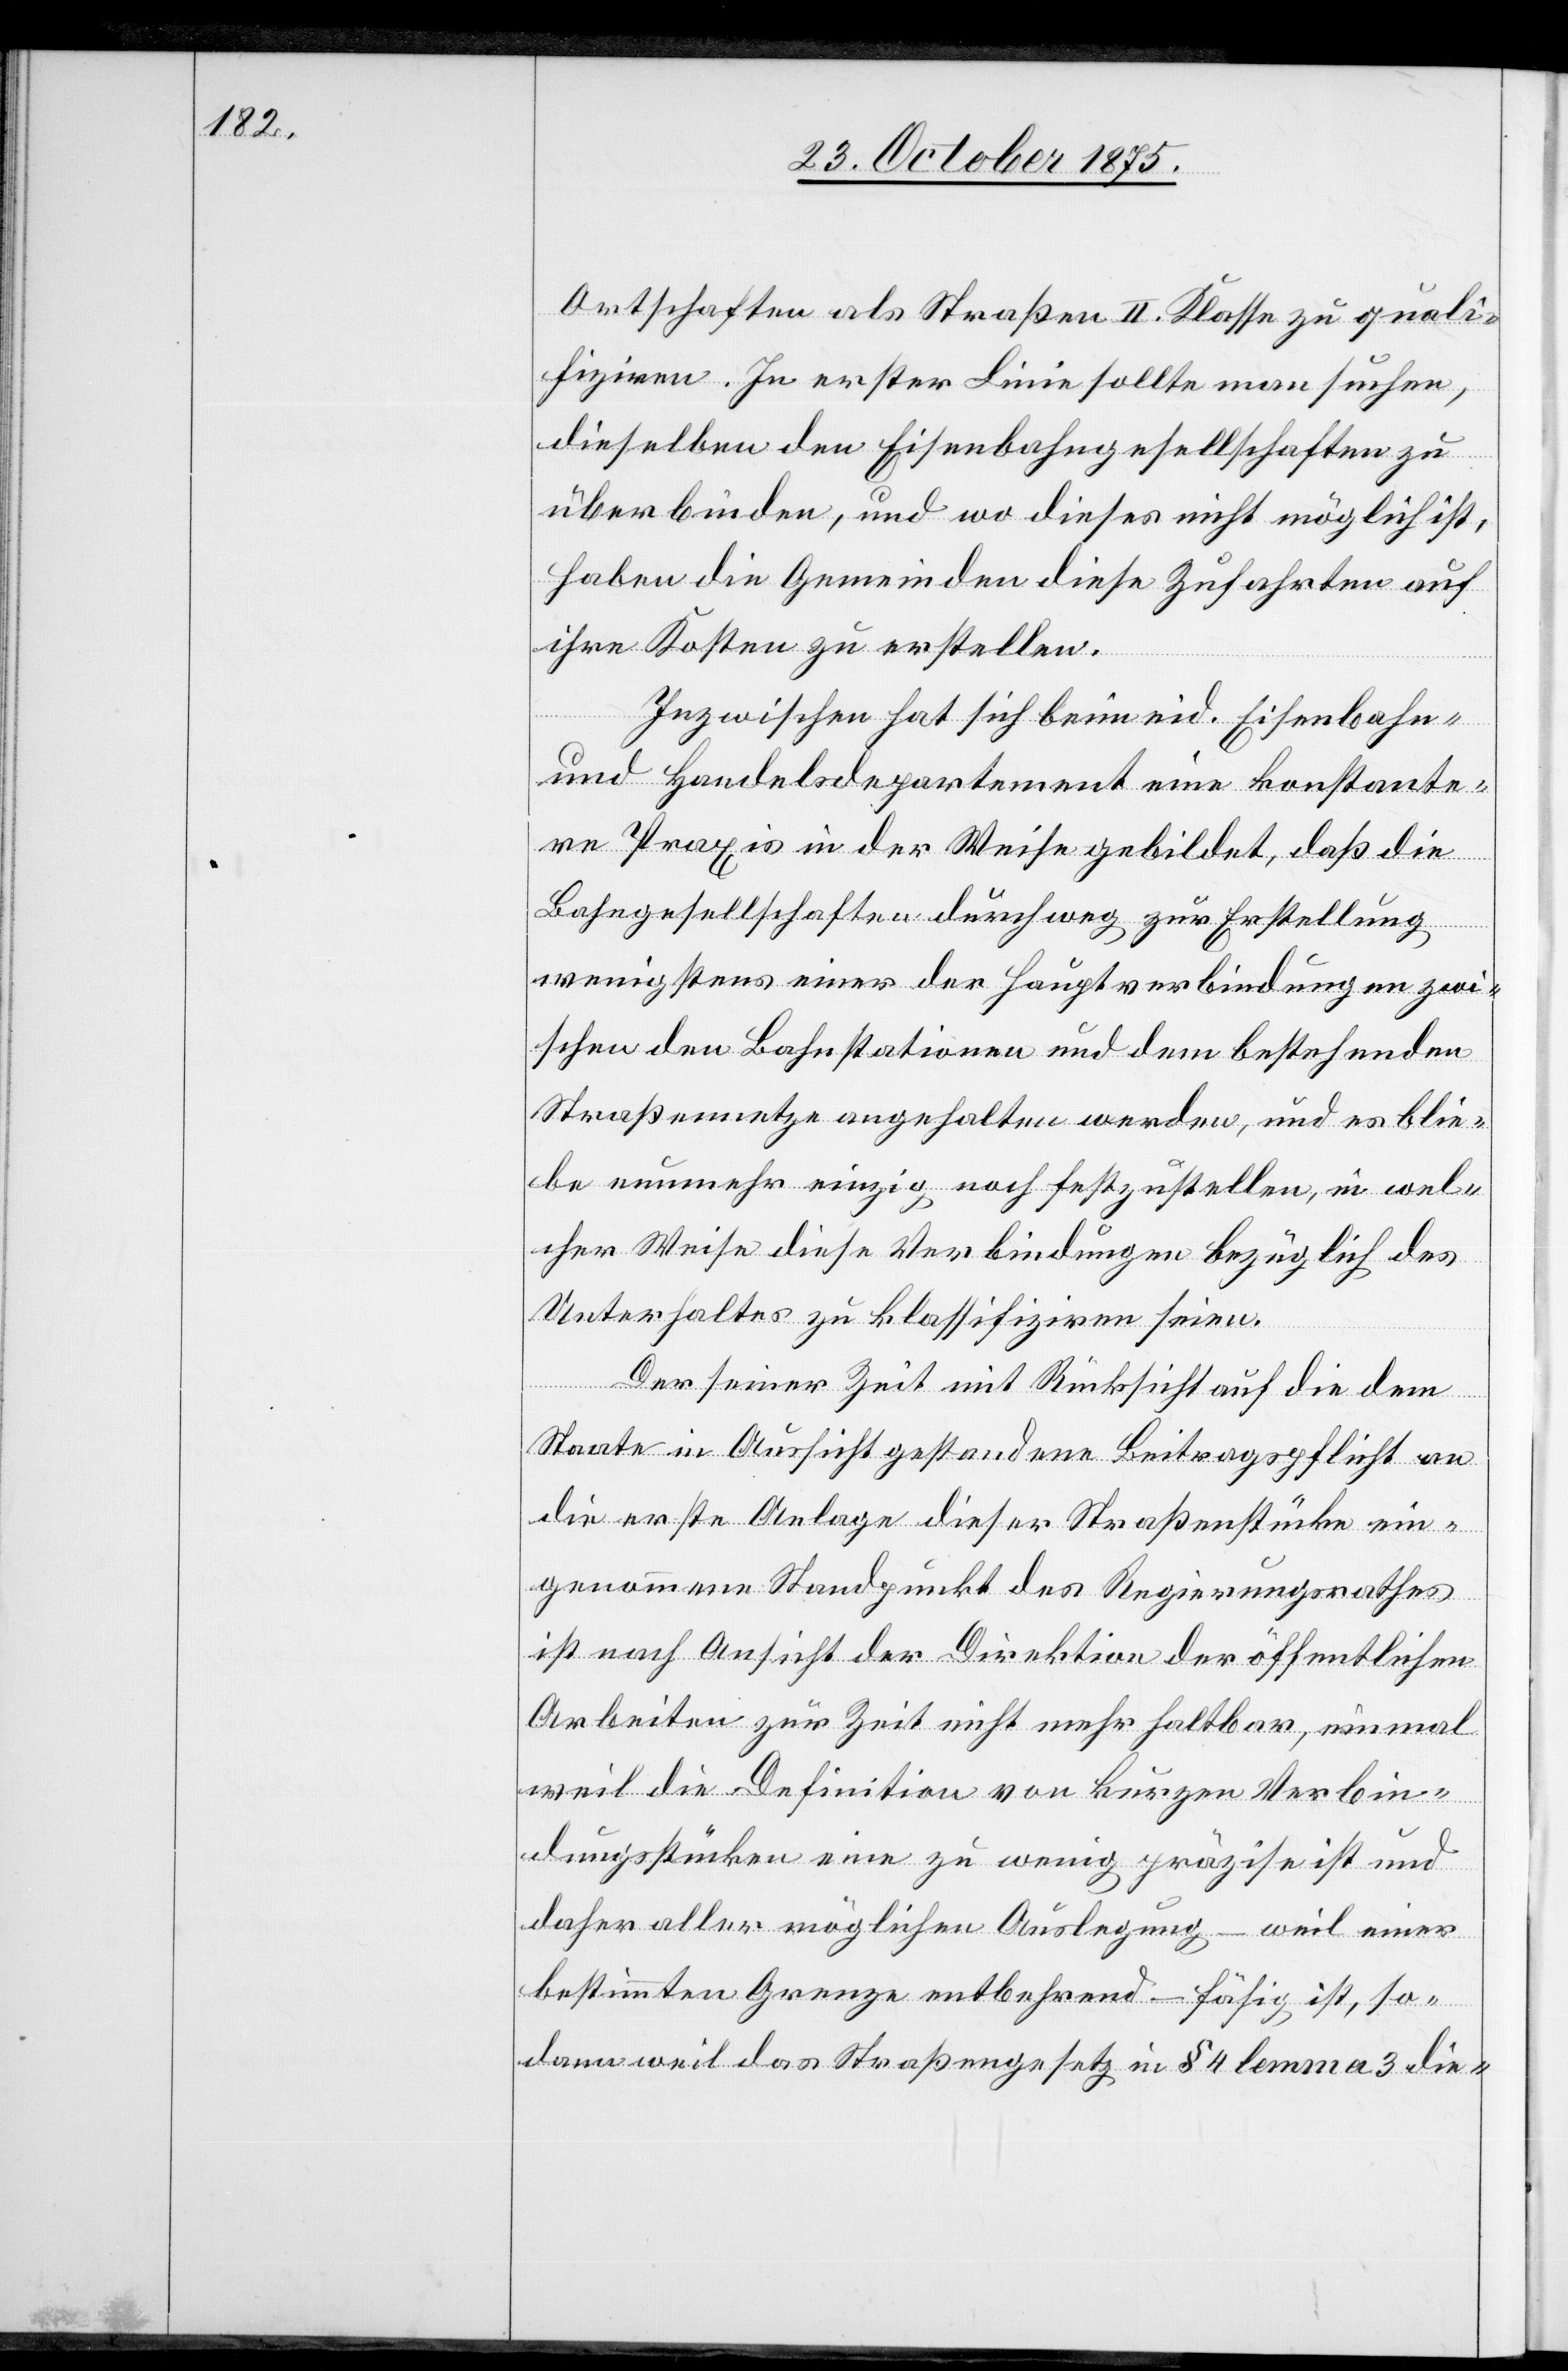
Ortschaften als Straßen II. Klasse zu quali¬
fiziren. In erster Linie sollte man suchen,
dieselben den Eisenbahngesellschaften zu
überbinden, und wo dieses nicht möglich ist,
haben die Gemeinden diese Zufahrten auf
ihre Kosten zu erstellen.
Inzwischen hat sich beim eid. Eisenbahn-
und Handelsdepartement eine konstante¬
re Praxis in der Weise gebildet, daß die
Bahngesellschaften durchweg zur Erstellung
wenigstens einer der Hauptverbindungen zwi¬
schen den Bahnstationen und dem bestehenden
Straßennetze angehalten werden, und es blie¬
be nunmehr einzig noch festzustellen, in wel¬
cher Weise diese Verbindungen bezüglich des
Unterhaltes zu klassifiziren seien.
Der seiner Zeit mit Rücksicht auf die dem
Staate in Aussicht gestandene Beitragspflicht an
die erste Anlage dieser Straßenstücke ein¬
genommene Standpunkt des Regierungsrathes
ist nach Ansicht der Direktion der öffentlichen
Arbeiten zur Zeit nicht mehr haltbar, einmal
weil die Definition von kurzen Verbin¬
dungsstücken eine zu wenig präzise ist und
daher aller möglichen Auslegung – weil einer
bestimmten Grenze entbehrend – fähig ist, so¬
dann weil das Straßengesetz in § 4 lemma 3 die-